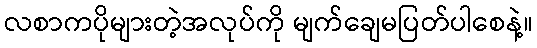
လစာကပိုများတဲ့အလုပ်ကို မျက်ချေမပြတ်ပါစေနဲ့။